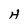
Character: H